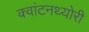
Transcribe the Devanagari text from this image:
क्‍वांटनथ्‍योरी